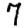
Digit: 7